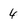
Character: 4